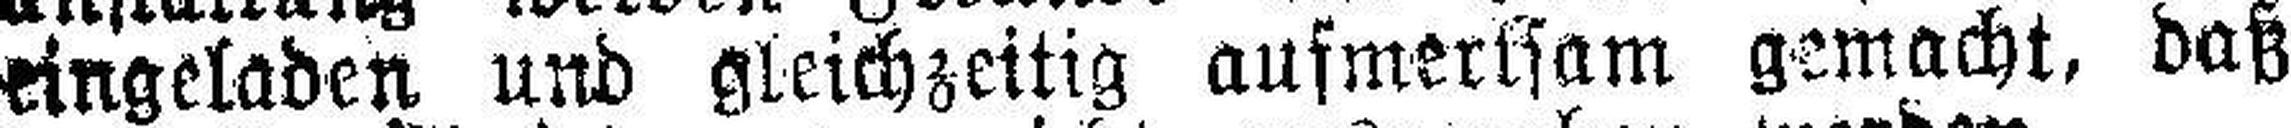
eingeladen und gleichzeitig aufmerksam gemacht, daß